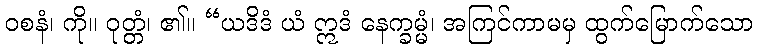
ဝစနံ၊ ကို။ ဝုတ္တံ၊ ၏။ “ယဒိဒံ ယံ ဣဒံ နေက္ခမ္မံ၊ အကြင်ကာမမှ ထွက်မြောက်သော